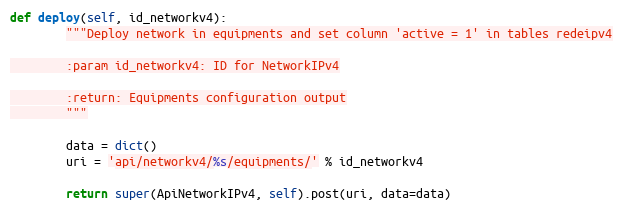
Language: Python
def deploy(self, id_networkv4):
        """Deploy network in equipments and set column 'active = 1' in tables redeipv4

        :param id_networkv4: ID for NetworkIPv4

        :return: Equipments configuration output
        """

        data = dict()
        uri = 'api/networkv4/%s/equipments/' % id_networkv4

        return super(ApiNetworkIPv4, self).post(uri, data=data)